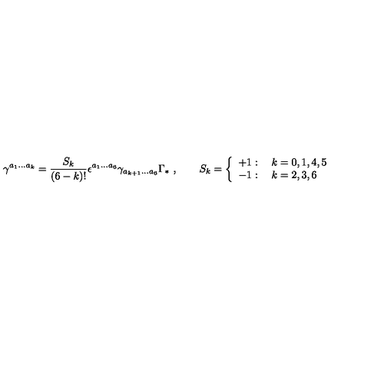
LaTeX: \gamma ^ { a _ { 1 } \ldots a _ { k } } = \frac { S _ { k } } { ( 6 - k ) ! } \epsilon ^ { a _ { 1 } \ldots a _ { 6 } } \gamma _ { a _ { k + 1 } \ldots a _ { 6 } } \Gamma _ { * } \ , \qquad S _ { k } = \left\{ \begin{array} { l } { + 1 : \quad k = 0 , 1 , 4 , 5 } \\ { - 1 : \quad k = 2 , 3 , 6 } \\ \end{array} \right.